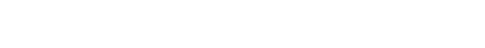
နောက် အင်္ဂလိပ်လိုရေးတဲ့ စာရေးဆရာမအဖြစ် မြန်မာထဲက ရှားရှားပါးပါးရှိခဲ့တဲ့